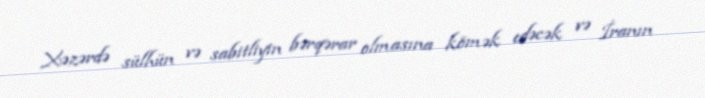
Xəzərdə sülhün və sabitliyin bərqərar olmasına kömək edəcək və İranın